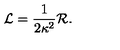
\mathcal { L } = \frac { 1 } { 2 \kappa ^ { 2 } } \mathcal { R } .